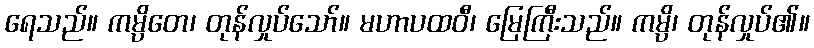
ရေသည်။ ကမ္ပိတေ၊ တုန်လှုပ်သော်။ မဟာပထဝီ၊ မြေကြီးသည်။ ကမ္ပိ၊ တုန်လှုပ်၏။